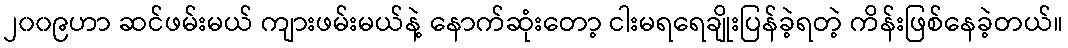
၂၀၀၉ဟာ ဆင်ဖမ်းမယ် ကျားဖမ်းမယ်နဲ့ နောက်ဆုံးတော့ ငါးမရရေချိုးပြန်ခဲ့ရတဲ့ ကိန်းဖြစ်နေခဲ့တယ်။